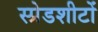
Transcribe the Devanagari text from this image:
स्प्रेडशीटों